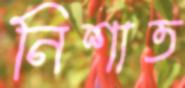
নিশাত